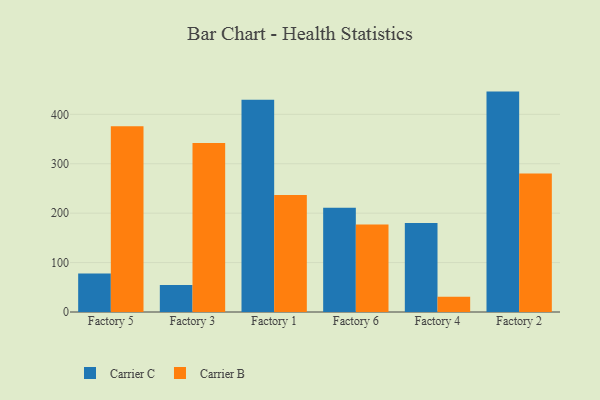
{"axis": {"x": "Factory", "y": "Conversion Rate (%)"}, "legend": ["Carrier B", "Carrier C"], "data": [{"x": "Factory 5", "y": 77.9, "type": "Carrier C"}, {"x": "Factory 5", "y": 375.8, "type": "Carrier B"}, {"x": "Factory 3", "y": 54.8, "type": "Carrier C"}, {"x": "Factory 3", "y": 342.0, "type": "Carrier B"}, {"x": "Factory 1", "y": 429.5, "type": "Carrier C"}, {"x": "Factory 1", "y": 236.7, "type": "Carrier B"}, {"x": "Factory 6", "y": 210.9, "type": "Carrier C"}, {"x": "Factory 6", "y": 177.1, "type": "Carrier B"}, {"x": "Factory 4", "y": 180.1, "type": "Carrier C"}, {"x": "Factory 4", "y": 30.7, "type": "Carrier B"}, {"x": "Factory 2", "y": 446.0, "type": "Carrier C"}, {"x": "Factory 2", "y": 280.3, "type": "Carrier B"}]}